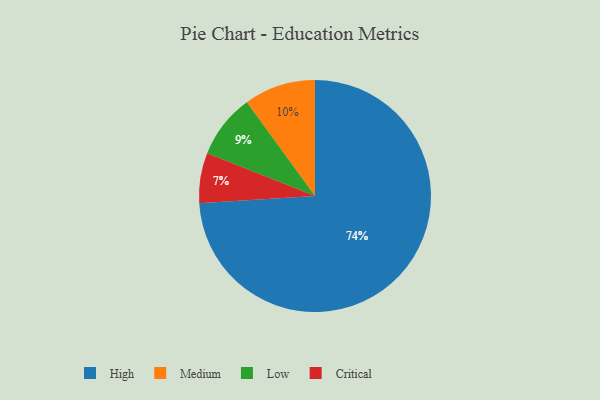
{"axis": {"x": "Category", "y": "Percentage"}, "legend": ["Critical", "High", "Low", "Medium"], "data": [{"x": "Low", "y": 9, "type": "Low"}, {"x": "Critical", "y": 7, "type": "Critical"}, {"x": "Medium", "y": 10, "type": "Medium"}, {"x": "High", "y": 74, "type": "High"}]}